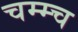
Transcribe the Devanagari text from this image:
चम्म्च